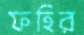
ফহির